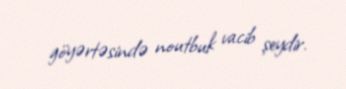
göyərtəsində noutbuk vacib şeydir.